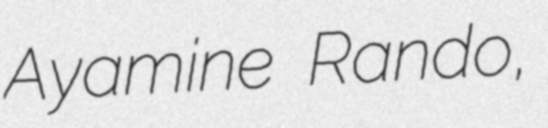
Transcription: Ayamine Rando,